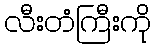
လီးတံကြီးကို